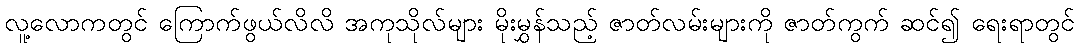
လူ့လောကတွင် ကြောက်ဖွယ်လိလိ အကုသိုလ်များ မိုးမွှန်သည့် ဇာတ်လမ်းများကို ဇာတ်ကွက် ဆင်၍ ရေးရာတွင်